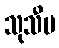
သုသီမ